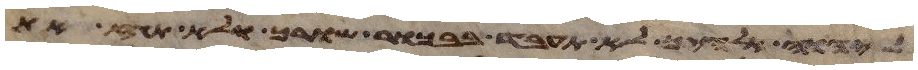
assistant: ליהוה אלהיך לא תעבד בבכור שורך ולא תגז את